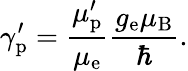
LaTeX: \gamma_{\mathrm{{p}}}^{\prime}={\frac{\mu_{\mathrm{{p}}}^{\prime}}{\mu_{\mathrm{{e}}}}}{\frac{g_{\mathrm{{e}}}\mu_{\mathrm{{B}}}}{\hbar}}.